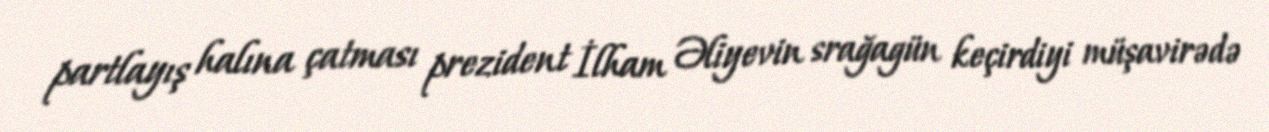
partlayış halına çatması prezident İlham Əliyevin srağagün keçirdiyi müşavirədə